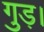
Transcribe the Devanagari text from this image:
गुड़।